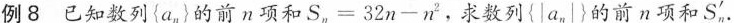
例8已知数列{a_{n}}的前n项和$$S _ { n } = 3 2 n - n ^ { 2 }$$，求数列{\left |a_{n} \right |}的前n项和S ^{\prime} _{n}.